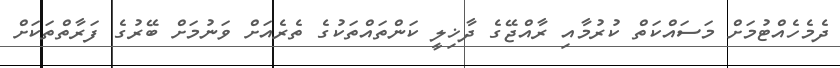
ދެމެހެއްޓުމަށް މަސައްކަތް ކުރުމާއި ރާއްޖޭގެ ދާޚިލީ ކަންތައްތަކުގެ ތެރެއަށް ވަނުމަށް ބޭރުގެ ފަރާތްތަކަށް